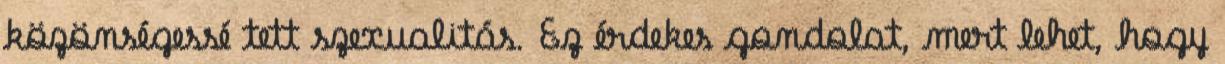
közönségessé tett szexualitás. Ez érdekes gondolat, mert lehet, hogy